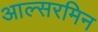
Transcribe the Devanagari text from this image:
आल्सरमिन